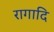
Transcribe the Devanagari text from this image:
रागादि